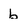
Character: b